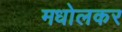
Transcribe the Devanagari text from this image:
मधोलकर